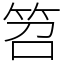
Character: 笤